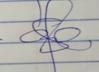
Signature authenticity: genuine